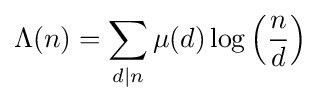
\Lambda (n)=\sum _{d\mid n}\mu (d)\log \left({\frac {n}{d}}\right)